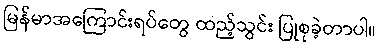
မြန်မာအကြောင်းရပ်တွေ ထည့်သွင်း ပြုစုခဲ့တာပါ။